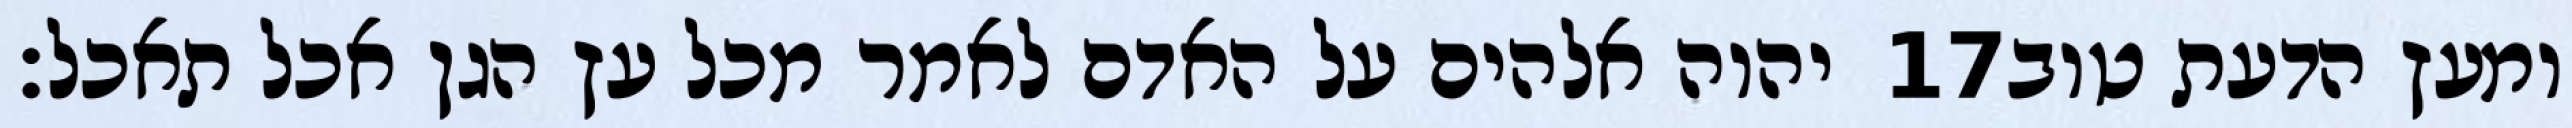
יהוה אלהים על האדם לאמר מכל עץ הגן אכל תאכל׃ ‎17‏ ומעץ הדעת טוב